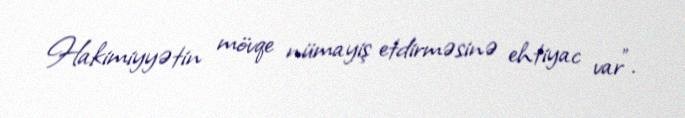
Hakimiyyətin mövqe nümayiş etdirməsinə ehtiyac var”.